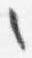
之